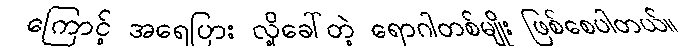
ကြောင့် အရေပြား လို့ခေါ်တဲ့ ရောဂါတစ်မျိုး ဖြစ်စေပါတယ်။